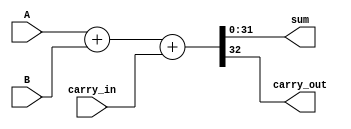
module carry_bypass_adder (
   input [31:0] A,
   input [31:0] B,
   input carry_in,
   output [31:0] sum,
   output carry_out
);

reg [32:0] sum_temp;

always @ (*)
begin
   sum_temp = {1'b0, A} + {1'b0, B} + carry_in;
end

assign sum = sum_temp[31:0];
assign carry_out = sum_temp[32];

endmodule